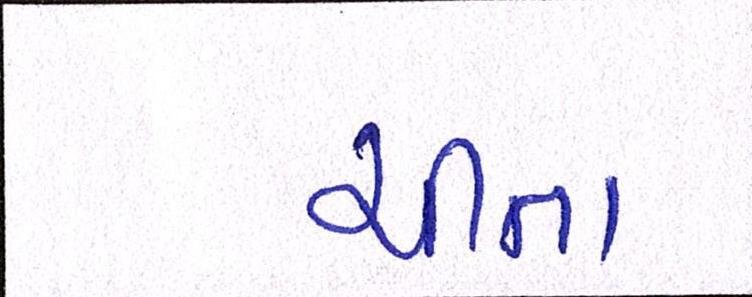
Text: ચીતા